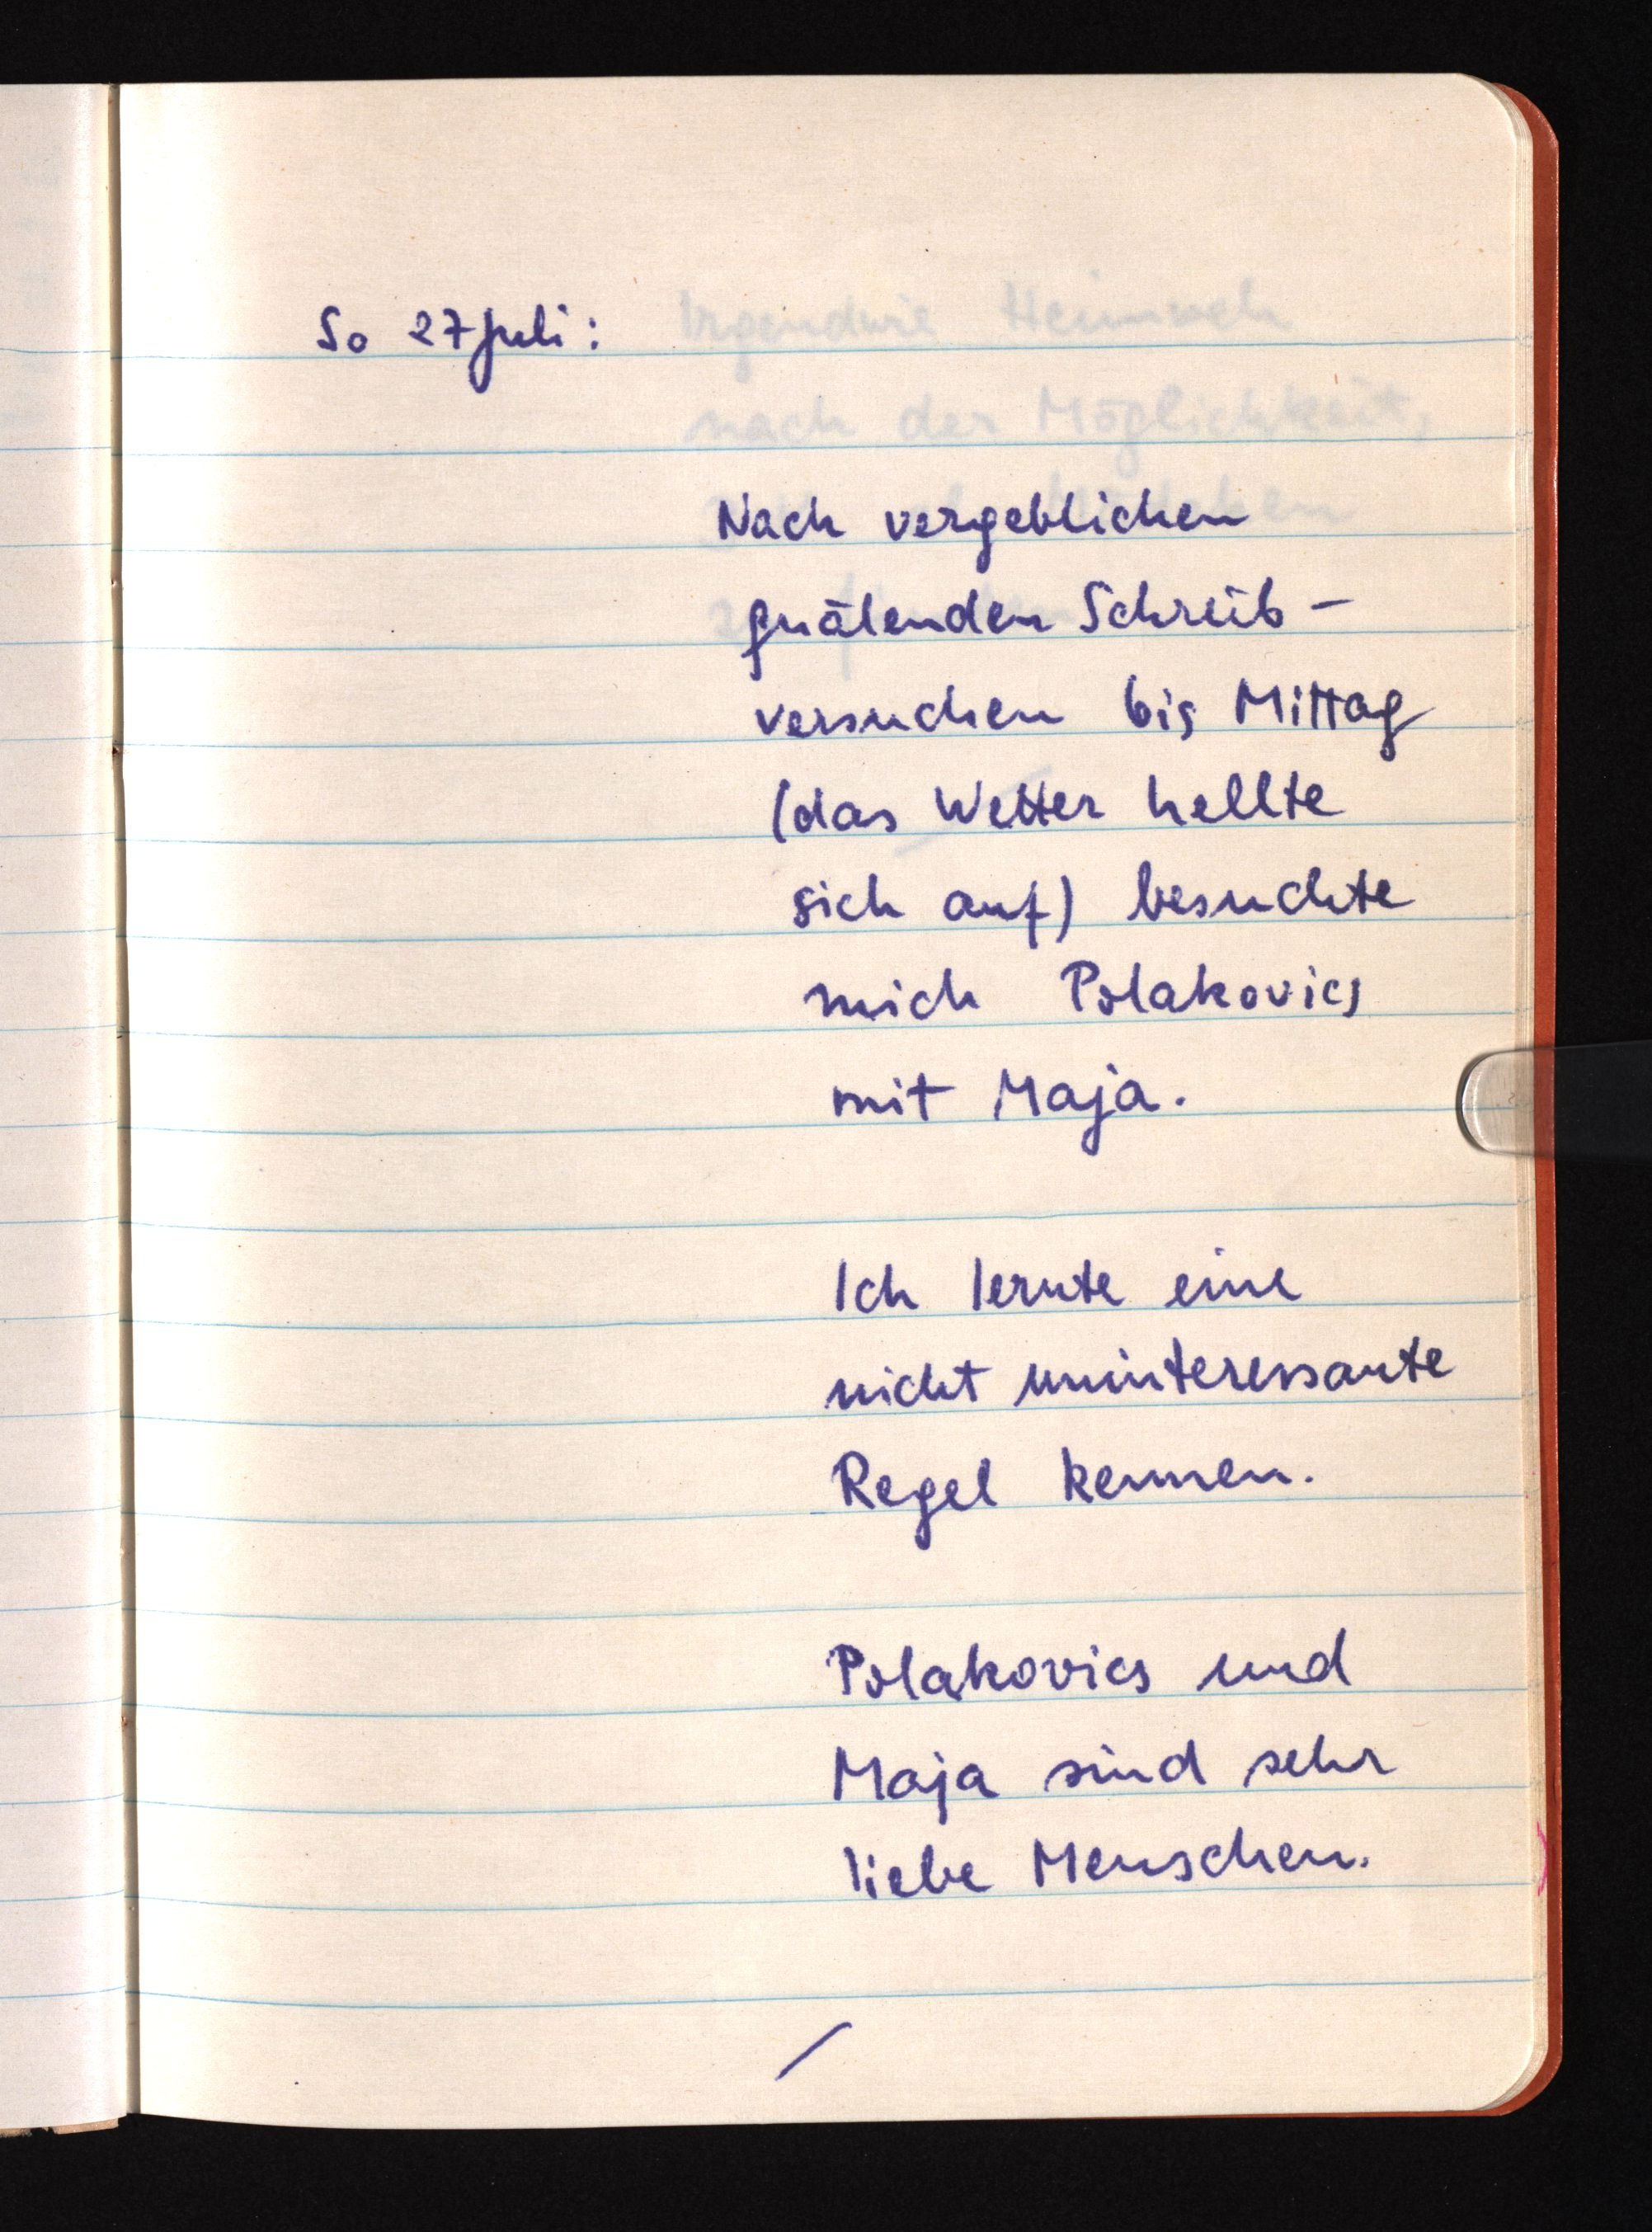
So 27 Juli:
Nach vergeblichen
quälenden Schreib¬
versuchen bis Mittag
(das Wetter hellte
sich auf) besuchte
mich Polakovics
mit Maja.
Ich lernte eine
nicht uninteressante
Regel kennen.
Polakovics und
Maja sind sehr
liebe Menschen.